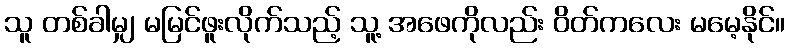
သူ တစ်ခါမျှ မမြင်ဖူးလိုက်သည့် သူ့ အဖေကိုလည်း ဝိတ်ကလေး မမေ့နိုင်။